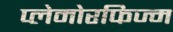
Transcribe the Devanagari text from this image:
प्लेमोरफिज्म